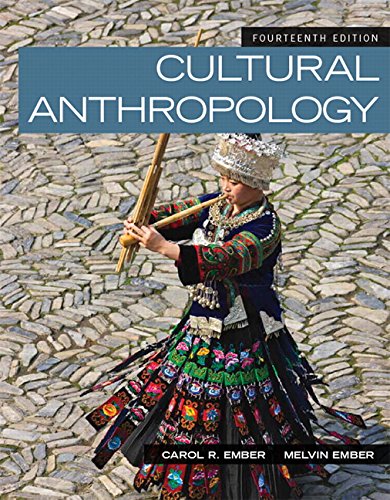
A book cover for Cultural Anthropology (14th Edition); Carol R. Ember; Science & Math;